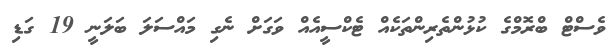
ވެސްޓް ބްރޮމްގެ ކުޅުންތެރިންތަކެއް ޓެކްސީއެއް ވަގަށް ނެގި މައްސަލަ ބަލަނީ 19 ގަޑި